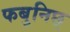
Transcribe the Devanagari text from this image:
फबुनिछ्